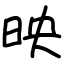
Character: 映